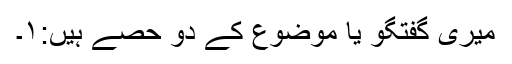
میری گفتگو یا موضوع کے دو حصے ہیں:۱۔